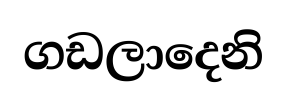
ගඩලාදෙනි